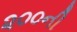
૨૦૦ની